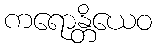
ကရောန္တိယေဝ